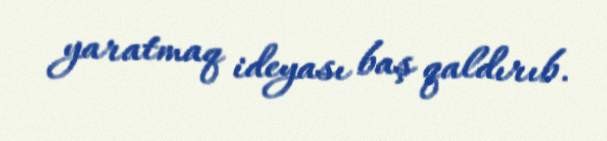
yaratmaq ideyası baş qaldırıb.